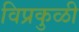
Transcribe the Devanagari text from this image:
विप्रकुळी